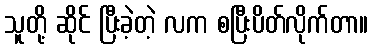
သူတို့ ဆိုင် ပြီးခဲ့တဲ့ လက စပြီးပိတ်လိုက်တာ။